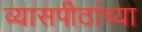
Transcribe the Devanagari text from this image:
व्यासपीठांच्या